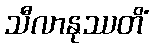
သီလာနုဿတိံ